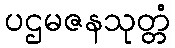
ပဌမဇနသုတ္တံ